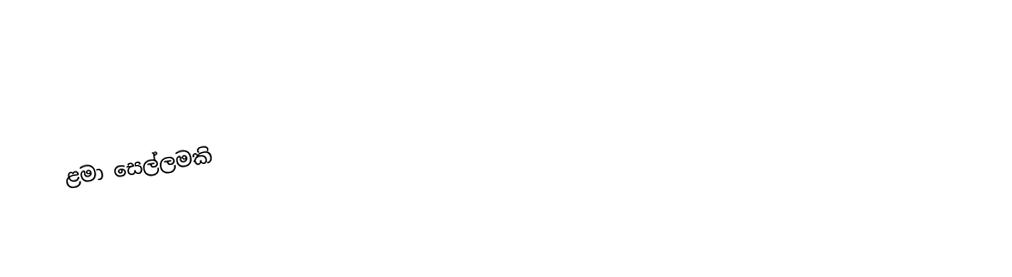
ළමා සෙල්ලමකි